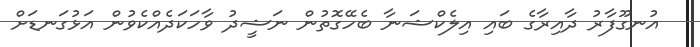
އުނގޫފާރު ދާއިރާގެ ބައި އިލެކްޝަނާ ބެހޭގޮތުން ނަޝީދު ވާހަކަދެއްކެވުން އަޅުގަނޑަށް